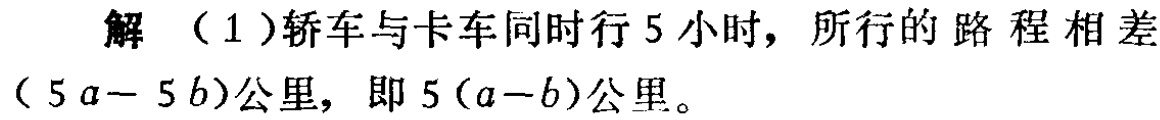
解 （1）轿车与卡车同时行5小时，所行的路程相差\((5a - 5b)\)公里，即\(5(a - b)\)公里。